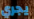
يجري